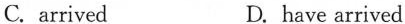
C.arrived D. have arrived